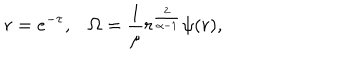
r = e ^ { - \tau } , \Omega = { \frac { 1 } { \mu } } r ^ { \frac { 2 } { \alpha - 1 } } \psi ( r ) ,